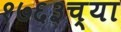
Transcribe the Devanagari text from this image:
१७६३च्या